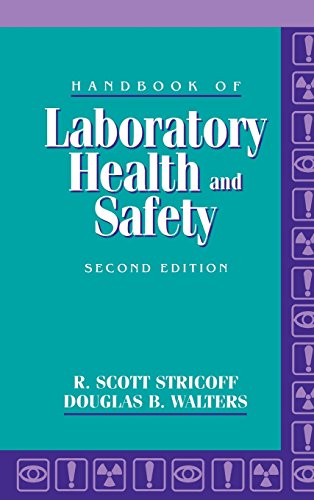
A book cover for Handbook of Laboratory Health and Safety; R. Scott Stricoff; Science & Math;